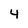
Character: 4